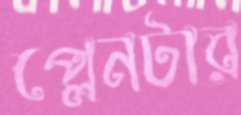
প্লেনটার